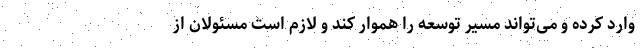
وارد کرده و می‌تواند مسیر توسعه را هموار کند و لازم است مسئولان از